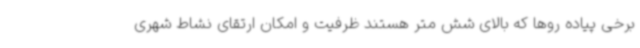
برخی پیاده روها که بالای شش متر هستند ظرفیت و امکان ارتقای نشاط شهری